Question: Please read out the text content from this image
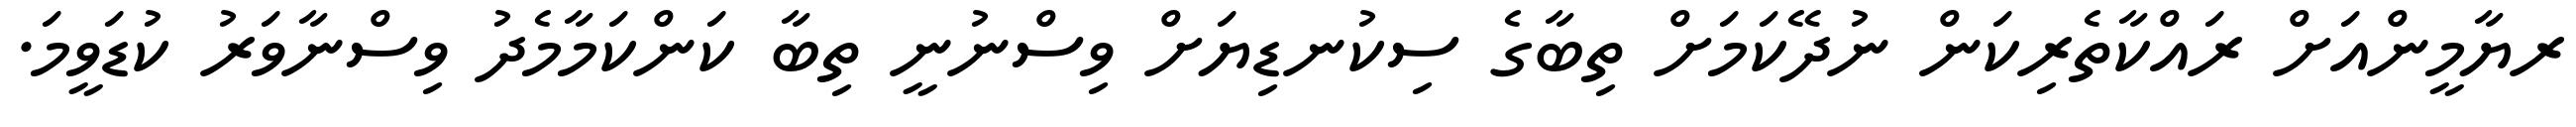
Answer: ރޔާމީންއަށް ރައްކާތެރިކަން ނުދޭކަމަށް ތިބާގެ ސިކުނޑިޔަށް ވިސްނުނީ ތިބާ ކަންކަމާމެދު ވިސްނާވަރު ކުޑަވީމަ.